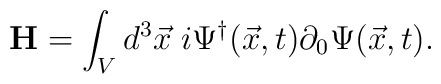
{\bf H}=\int_{V}d^3{\vec x}\;i\Psi^{\dag}(\vec x,t)\partial_0\Psi(\vec x,t).